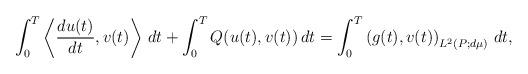
LaTeX: \begin{align*}\int_0^T\left\langle \frac{du(t)}{dt}, v(t)\right\rangle\, dt+\int_0^T Q(u(t),v(t))\, dt= \int_0^T \left(g(t), v(t)\right)_{L^2(P;d\mu)}\, dt,\end{align*}